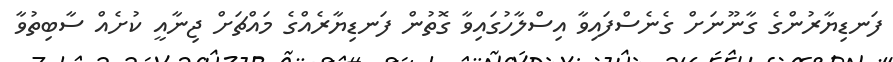
ފަނޑިޔާރުންގެ ގާނޫނަށް ގެނެސްފައިވާ އިސްލާހުގައިވާ ގޮތުން ފަނޑިޔާރެއްގެ މައްޗަށް ޖިނާއީ ކުށެއް ސާބިތުވާ